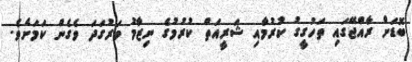
ބޮޑަށް ރާއްޖޭގައި ތަހުގީގު ކުރުމާއި ޝަރީއަތް ކުރުމުގެ ނިޒާމު ވަރުގަދަ ވެގެން ކަމަށެވެ.